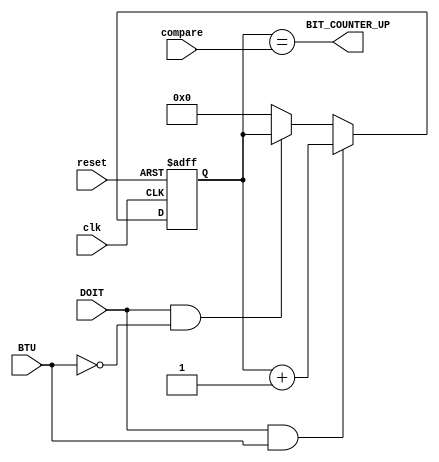
`timescale 1ns / 1ps
//****************************************************************//
//																						//
//  Created by Jacob Nguyen on 10/24/18.                          //
//  Copyright  2018 Jacob Nguyen. All rights reserved.           //
//																						//
//	 Abstract: 	Counter to keep track of how many bits to the 		//
//					Receive Engine reads before the data is remapped	//
//					and set as the Rx output data. Once the counter		//
//					reaches the number of bits to be read based upon	//
//					the UART configuration, RX_RDY is asserted on the	//
//					next clock signal.											//
//																						//
//  In submitting this file for class work at CSULB               //
//  I am confirming that this is my work and the work             //
//  of no one else. In submitting this code I acknowledge that 	//
//  plagiarism in student project work is subject to dismissal 	//
//  from the class 																//
//****************************************************************//
module BIT_COUNTER_RX(clk, reset, compare, DOIT, BTU, BIT_COUNTER_UP);

	input clk, reset, DOIT, BTU;
	input [3:0] compare;
	
	output BIT_COUNTER_UP;
	
	reg [3:0] BIT_COUNTER;
	
	assign BIT_COUNTER_UP = (BIT_COUNTER == compare);
	
	always @(posedge clk, posedge reset) 
		if (reset)		  BIT_COUNTER <= 4'b0; else
		if (DOIT & BTU)  BIT_COUNTER <= BIT_COUNTER + 4'b1; else
		if (DOIT & ~BTU) BIT_COUNTER <= BIT_COUNTER; else
							  BIT_COUNTER <= 4'b0;


endmodule